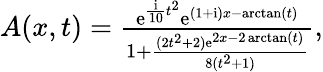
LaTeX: \begin{array}{r}{A(x,t)=\frac{\mathrm{e}^{\frac{\mathrm{{i}}}{10}t^{2}}\mathrm{e}^{(1+\mathrm{{i}})x-\arctan(t)}}{1+\frac{(2t^{2}+2)\mathrm{e}^{2x-2\arctan(t)}}{8(t^{2}+1)}},}\end{array}